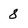
Character: 8